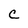
Character: c